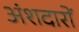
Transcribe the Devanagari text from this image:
अंशदारों